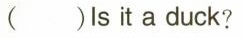
（） Is it a duck?